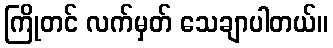
ကြိုတင် လက်မှတ် သေချာပါတယ်။